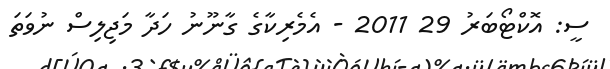
ސީ: އޮކްޓޯބަރު 29 2011 - އެމެރިކާގެ ގާނޫނު ހަދާ މަޖިލިސް ނުވަތަ